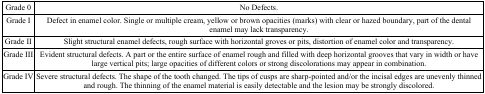
<table><thead><tr><td><b>Grade 0</b></td><td><b>No Defects.</b></td></tr></thead><tbody><tr><td>Grade I</td><td>Defect in enamel color. Single or multiple cream, yellow or brown opacities (marks) with clear or hazed boundary, part of the dental enamel may lack transparency.</td></tr><tr><td>Grade II</td><td>Slight structural enamel defects, rough surface with horizontal groves or pits, distortion of enamel color and transparency.</td></tr><tr><td>Grade III</td><td>Evident structural defects. A part or the entire surface of enamel rough and filled with deep horizontal grooves that vary in width or have large vertical pits; large opacities of different colors or strong discolorations may appear in combination.</td></tr><tr><td>Grade IV</td><td>Severe structural defects. The shape of the tooth changed. The tips of cusps are sharp-pointed and/or the incisal edges are unevenly thinned and rough. The thinning of the enamel material is easily detectable and the lesion may be strongly discolored.</td></tr></tbody></table>